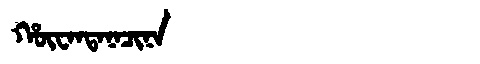
Manchu: ᡥᡡᠸᠠᠨᡨᠠᠨᠠᠴᡳᠨᠠ
Romanization: HŪWANTANACINA